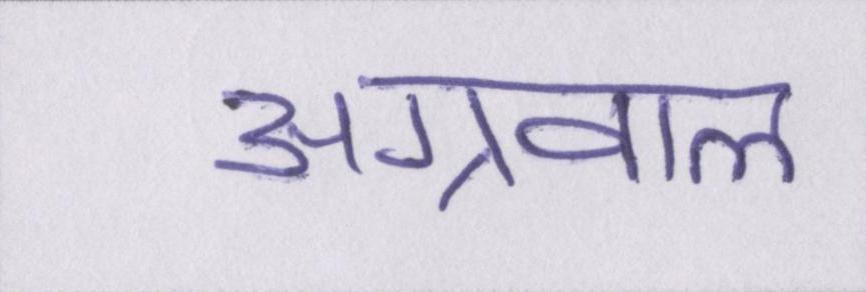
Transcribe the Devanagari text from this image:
अग्रवाल